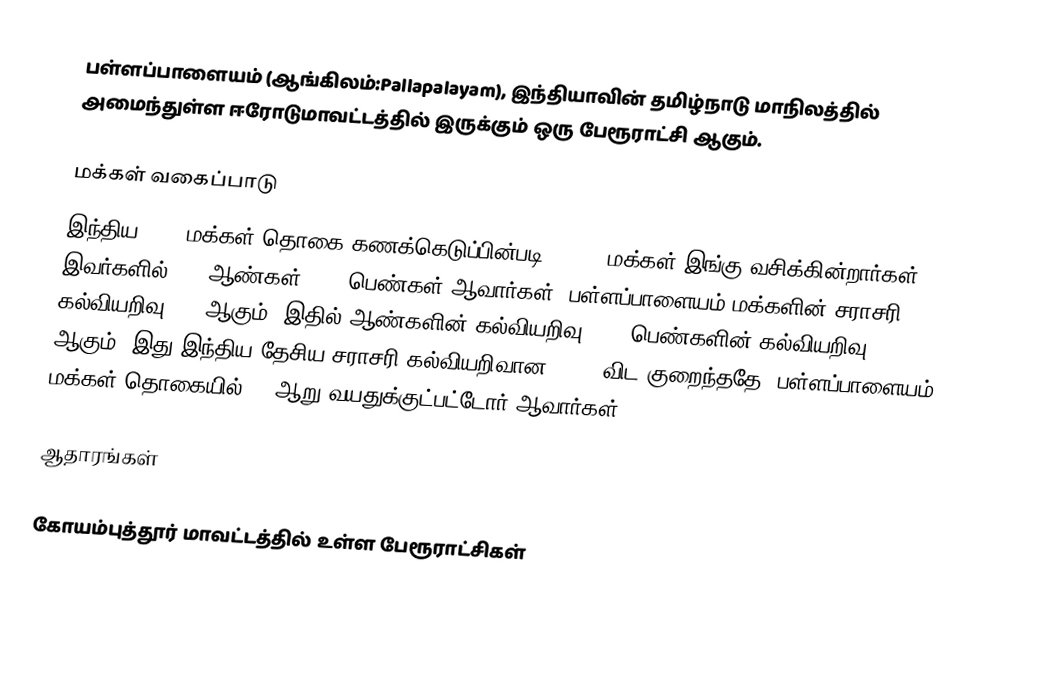
பள்ளப்பாளையம் (ஆங்கிலம்:Pallapalayam), இந்தியாவின் தமிழ்நாடு மாநிலத்தில் அமைந்துள்ள ஈரோடுமாவட்டத்தில் இருக்கும் ஒரு பேரூராட்சி ஆகும்.

மக்கள் வகைப்பாடு
இந்திய 2001 மக்கள் தொகை கணக்கெடுப்பின்படி, 6,499 மக்கள் இங்கு வசிக்கின்றார்கள். இவர்களில் 51% ஆண்கள், 49% பெண்கள் ஆவார்கள். பள்ளப்பாளையம் மக்களின் சராசரி கல்வியறிவு 51% ஆகும். இதில் ஆண்களின் கல்வியறிவு 61%; பெண்களின் கல்வியறிவு 41% ஆகும். இது இந்திய தேசிய சராசரி கல்வியறிவான 59.5% விட குறைந்ததே. பள்ளப்பாளையம் மக்கள் தொகையில் 9%  ஆறு வயதுக்குட்பட்டோர் ஆவார்கள்.

ஆதாரங்கள்

கோயம்புத்தூர் மாவட்டத்தில் உள்ள பேரூராட்சிகள்